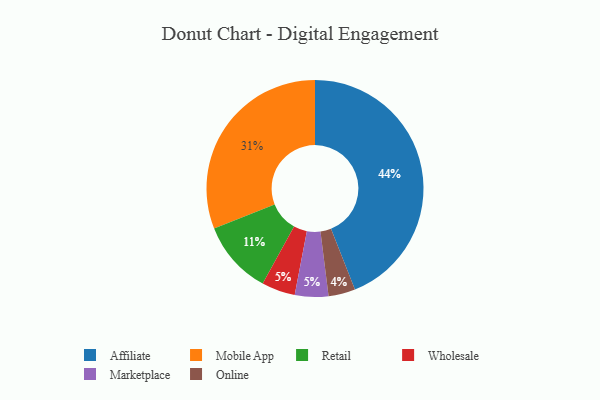
{"axis": {"x": "Category", "y": "Percentage"}, "legend": ["Affiliate", "Marketplace", "Mobile App", "Online", "Retail", "Wholesale"], "data": [{"x": "Affiliate", "y": 44, "type": "Affiliate"}, {"x": "Online", "y": 4, "type": "Online"}, {"x": "Retail", "y": 11, "type": "Retail"}, {"x": "Mobile App", "y": 31, "type": "Mobile App"}, {"x": "Wholesale", "y": 5, "type": "Wholesale"}, {"x": "Marketplace", "y": 5, "type": "Marketplace"}]}